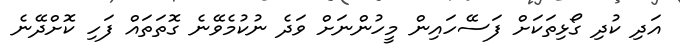
އަދި ކުދި ގޯޅިތަކަށް ފަސޭހައިން މީހުންނަށް ވަދެ ނުކުމެވޭނެ ގޮތަތައް ފަހި ކޮށްދޭނެ